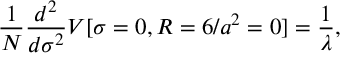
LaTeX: \frac { 1 } { N } \frac { d ^ { 2 } } { d \sigma ^ { 2 } } V [ \sigma = 0 , R = 6 / a ^ { 2 } = 0 ] = \frac { 1 } { \lambda } ,